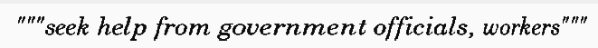
"""seek help from government officials, workers"""